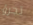
تجرؤ